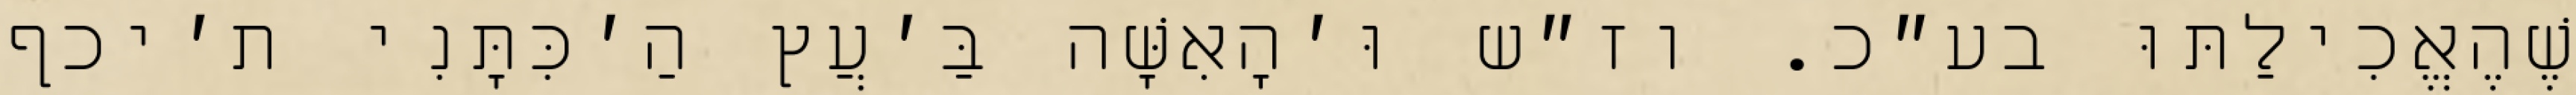
שֶׁהֶאֱכִילַתּוּ בע״כ. וז״ש וּ׳הָאִשָּׁה בַּ׳עֲץ הַ׳כִּתָּנִי ת׳יכף